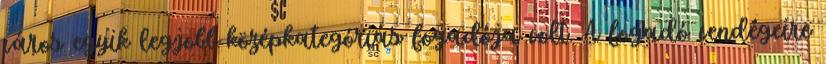
város egyik legjobb középkategóriás fogadója volt. A fogadó vendégeire